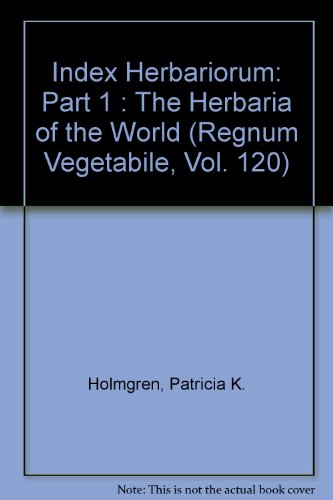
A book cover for Index Herbariorum: Part 1 : The Herbaria of the World (Regnum Vegetabile, Vol. 120); Patricia K. Holmgren; Science & Math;